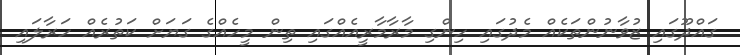
ގައްދޫގައި ޒުވާނުންތަކެއް މެދުގައި ހިންގި މާރާމާރީއެއްގައި ތިން މީހެއްގެ ގަޔަށް ކަތުރެއް ހަރާލައި